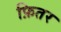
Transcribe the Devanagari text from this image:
फ़ितर